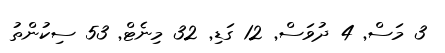
3 މަސް